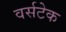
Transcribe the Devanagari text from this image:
वर्सटेक